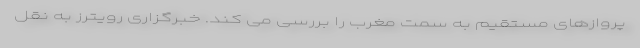
پروازهای مستقیم به سمت مغرب را بررسی می کند. خبرگزاری رویترز به نقل